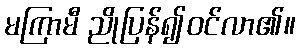
မကြာမီ ညိုပြန်၍ဝင်လာ၏။